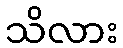
သိလား